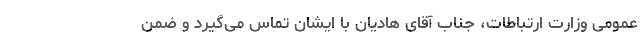
عمومی وزارت ارتباطات، جناب آقای هادیان با ایشان تماس می‌گیرد و ضمن